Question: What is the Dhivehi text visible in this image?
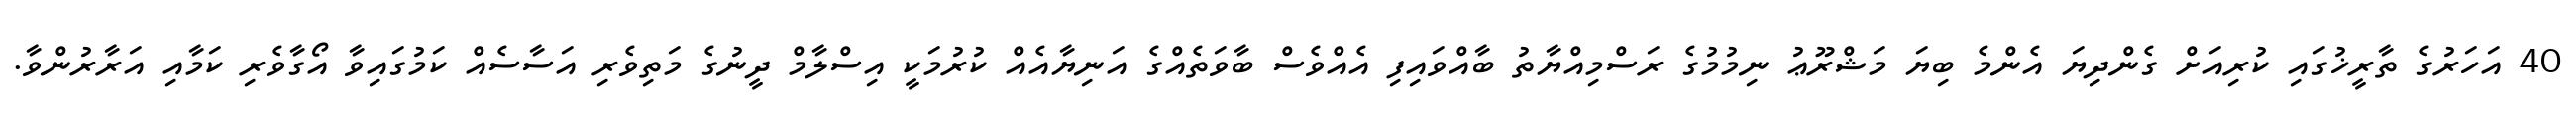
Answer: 40 އަހަރުގެ ތާރީޚުގައި ކުރިއަށް ގެންދިޔަ އެންމެ ބިޔަ މަޝްރޫޢު ނިމުމުގެ ރަސްމިއްޔާތު ބާއްވައިފި އެއްވެސް ބާވަތެއްގެ އަނިޔާއެއް ކުރުމަކީ އިސްލާމް ދީނުގެ މަތިވެރި އަސާސެއް ކަމުގައިވާ އޯގާވެރި ކަމާއި އަރާރުންވާ.